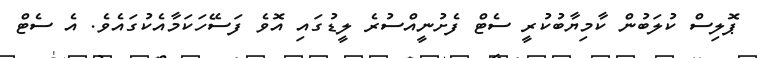
ޕޮލިސް ކުލަބުން ކާމިޔާބުކުރީ ސެޓް ފެށުނީއްސުރެ ލީޑުގައި އޮވެ ފަސޭހަކަމާއެކުގައެވެ. އެ ސެޓް